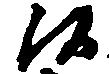
候